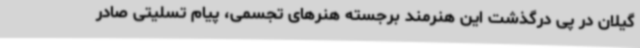
گیلان در پی درگذشت این هنرمند برجسته هنرهای تجسمی، پیام تسلیتی صادر